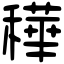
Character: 䅿